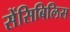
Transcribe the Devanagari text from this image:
सेंसिबिलिस